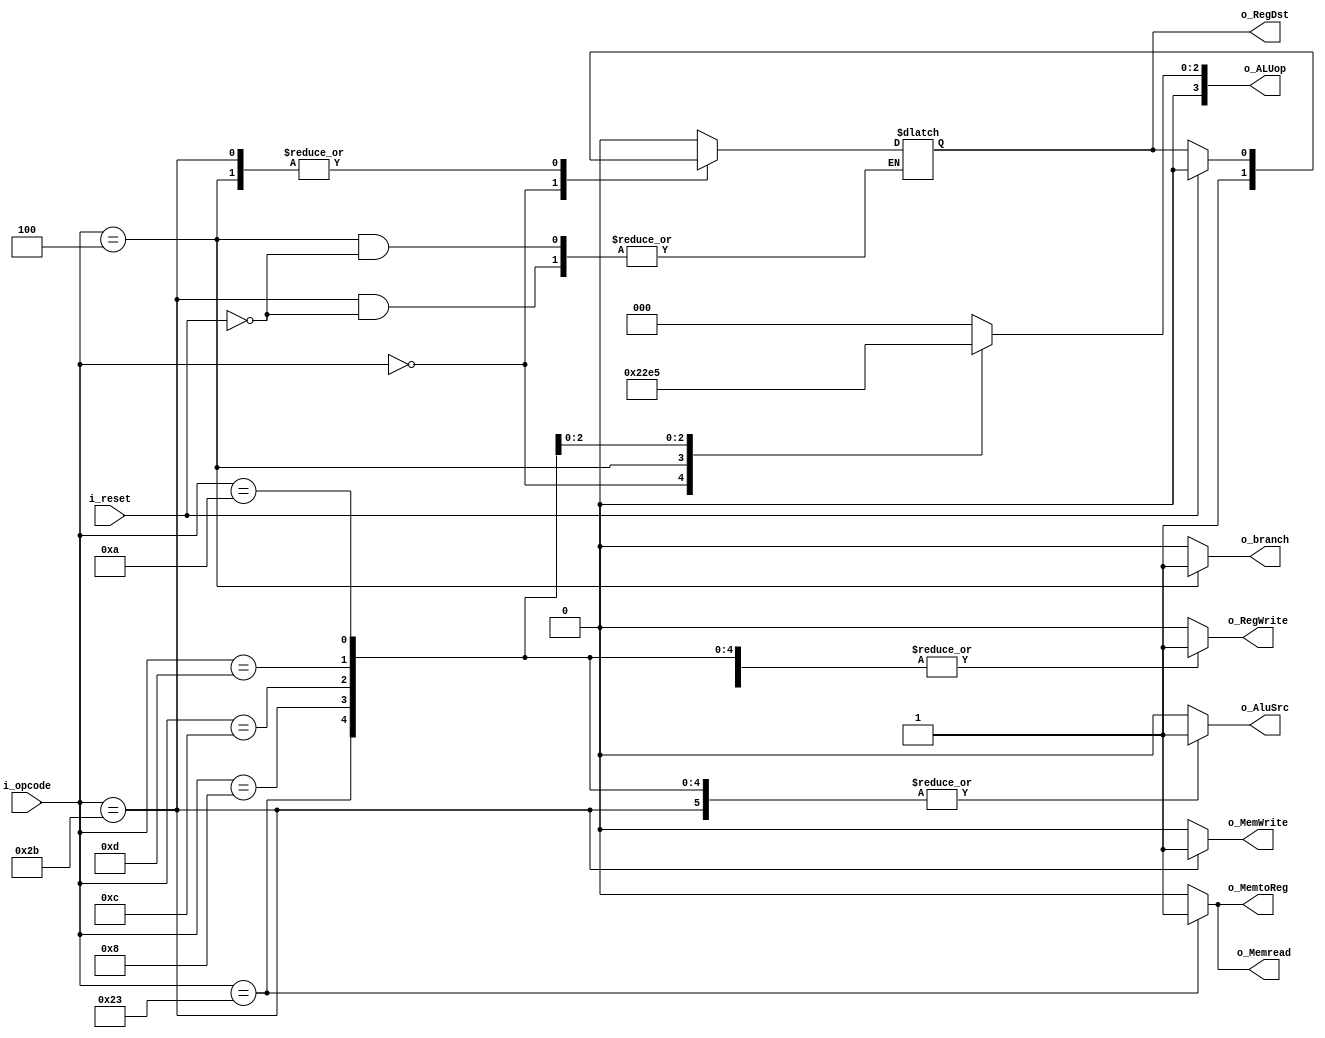
module ControlUnit (i_opcode,i_reset,o_RegDst,o_branch,o_Memread,o_MemtoReg,
							o_ALUop,o_MemWrite,o_AluSrc,o_RegWrite);
  
  input [5:0] i_opcode;
  input i_reset;
  output reg o_RegDst,o_branch,o_Memread,o_MemtoReg,o_MemWrite,o_AluSrc,o_RegWrite;
  output reg [3:0] o_ALUop;
  
  
  parameter R_type=6'b000000;
  parameter lw=6'b100011;
  parameter sw=6'b101011;
  parameter beq=6'b000100;
  parameter addi = 6'b001000; 
  parameter andi = 6'b001100; 
  parameter ori = 6'b001101;
  parameter slti = 6'b001010;

  always@(i_opcode,i_reset)
    begin
	 
		if(i_reset)
		begin
			o_RegDst = 1'b0;
			o_branch = 1'b0;
			o_Memread = 1'b0;
			o_MemtoReg = 1'b0;
			o_ALUop = 4'b0000;
			o_MemWrite = 1'b0;
			o_AluSrc = 1'b0;
			o_RegWrite = 1'b0;
		end
		
      case (i_opcode)

        R_type:           

          begin
          o_RegDst=1 ;
          o_branch=0 ;
          o_Memread=0 ;
          o_MemtoReg=0 ;
          o_MemWrite=0 ;
          o_AluSrc=0 ;
          o_RegWrite=1 ;
          o_ALUop=4'b0010 ;
          end
          
          
        
        lw:           

          begin
          o_RegDst=0 ;
          o_branch=0 ;
          o_Memread=1 ;
          o_MemtoReg=1 ;
          o_MemWrite=0 ;
          o_AluSrc=1 ;
          o_RegWrite=1 ;
          o_ALUop=4'b0000 ;
          end
         
        
        sw:           

          begin
          //o_RegDst=1'bx ;
          o_branch=0 ;
          o_Memread=0 ;
          o_MemtoReg=0 ;
          o_MemWrite=1 ;
          o_AluSrc=1 ;
          o_RegWrite=0 ;
          o_ALUop=4'b0000 ;
          end
          
        beq:           

          begin
          //o_RegDst=1'bx ;
          o_branch= 1;
          o_Memread=0 ;
          o_MemtoReg=0 ;
          o_MemWrite=0 ;
          o_AluSrc=0 ;
          o_RegWrite=0 ;
          o_ALUop=4'b0001 ;
          end

	addi:           

          begin
          o_RegDst=0 ;
          o_branch=0 ;
          o_Memread=0 ;
          o_MemtoReg=0 ;
          o_MemWrite=0 ;
          o_AluSrc=1 ;
          o_RegWrite=1 ;
          o_ALUop=4'b0000 ;
          end

	andi:           

          begin
          o_RegDst=0 ;
          o_branch=0 ;
          o_Memread=0 ;
          o_MemtoReg=0 ;
          o_MemWrite=0 ;
          o_AluSrc=1 ;
          o_RegWrite=1 ;
          o_ALUop=4'b0011 ;
          end

	ori:           

          begin
          o_RegDst=0 ;
          o_branch=0 ;
          o_Memread=0 ;
          o_MemtoReg=0 ;
          o_MemWrite=0 ;
          o_AluSrc=1 ;
          o_RegWrite=1 ;
          o_ALUop=4'b0100 ;
          end

	slti:           

          begin
          o_RegDst=0 ;
          o_branch=0 ;
          o_Memread=0 ;
          o_MemtoReg=0 ;
          o_MemWrite=0 ;
          o_AluSrc=1 ;
          o_RegWrite=1 ;
          o_ALUop=4'b0101 ;
          end
			 
	default :
			 begin
			 o_RegDst = 1'b0;
			 o_branch = 1'b0;
			 o_Memread = 1'b0;
			 o_MemtoReg = 1'b0;
			 o_ALUop = 4'b0000;
			 o_MemWrite = 1'b0;
			 o_AluSrc = 1'b0;
			 o_RegWrite = 1'b0;
			 end
		
      endcase
      
    end
  
  
endmodule